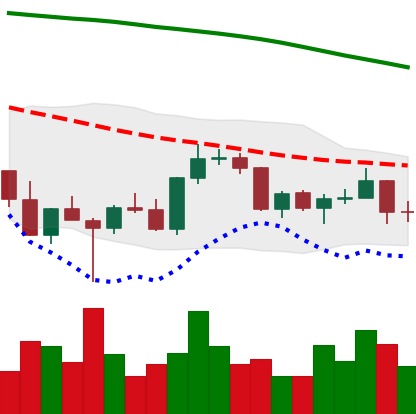
Ticker: BNB-USD
Chart end date: 2022-03-11
Forward return: 3.585%
Label: up_3_5